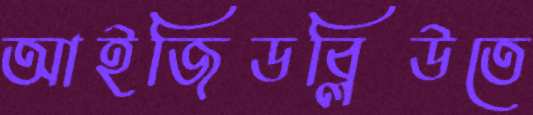
আইজিডব্লিউতে